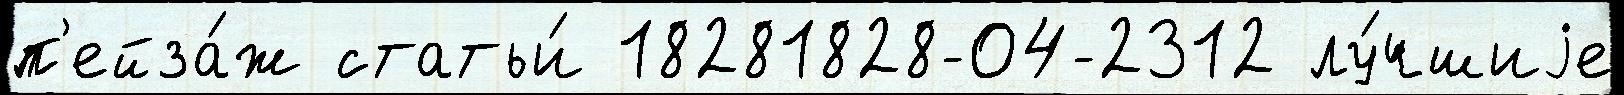
п'ейза́ж статьи́ 18281828-04-2312 лу́чшиjе